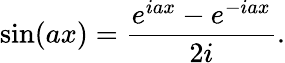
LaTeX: \sin(ax)={\frac{e^{iax}-e^{-iax}}{2i}}.